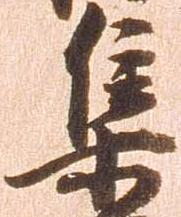
集